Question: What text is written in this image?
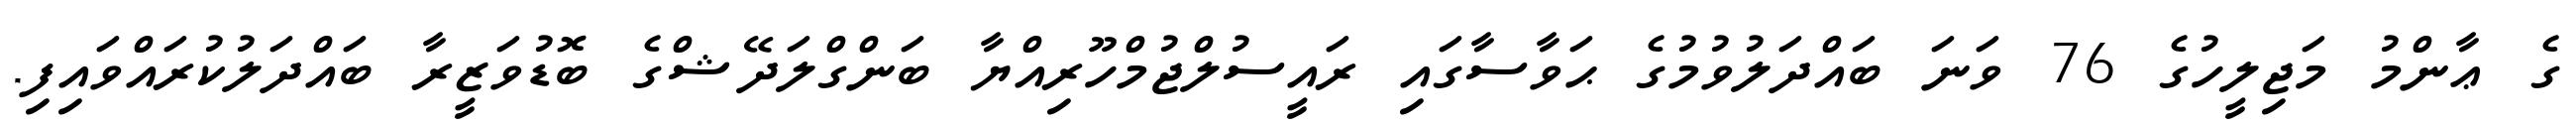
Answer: ގެ ޢާންމު މަޖިލީހުގެ 76 ވަނަ ބައްދަލުވުމުގެ ޙަވާސާގައި ރައީސުލްޖުމްހޫރިއްޔާ ބަންގްލަދޭޝްގެ ބޮޑުވަޒީރާ ބައްދަލުކުރައްވައިފި.